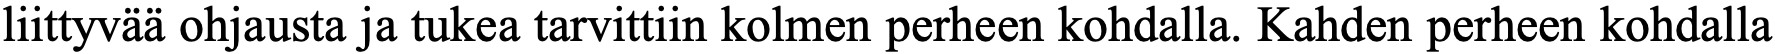
liittyvää ohjausta ja tukea tarvittiin kolmen perheen kohdalla. Kahden perheen kohdalla